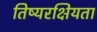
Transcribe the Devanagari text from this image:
तिष्यरक्षियता